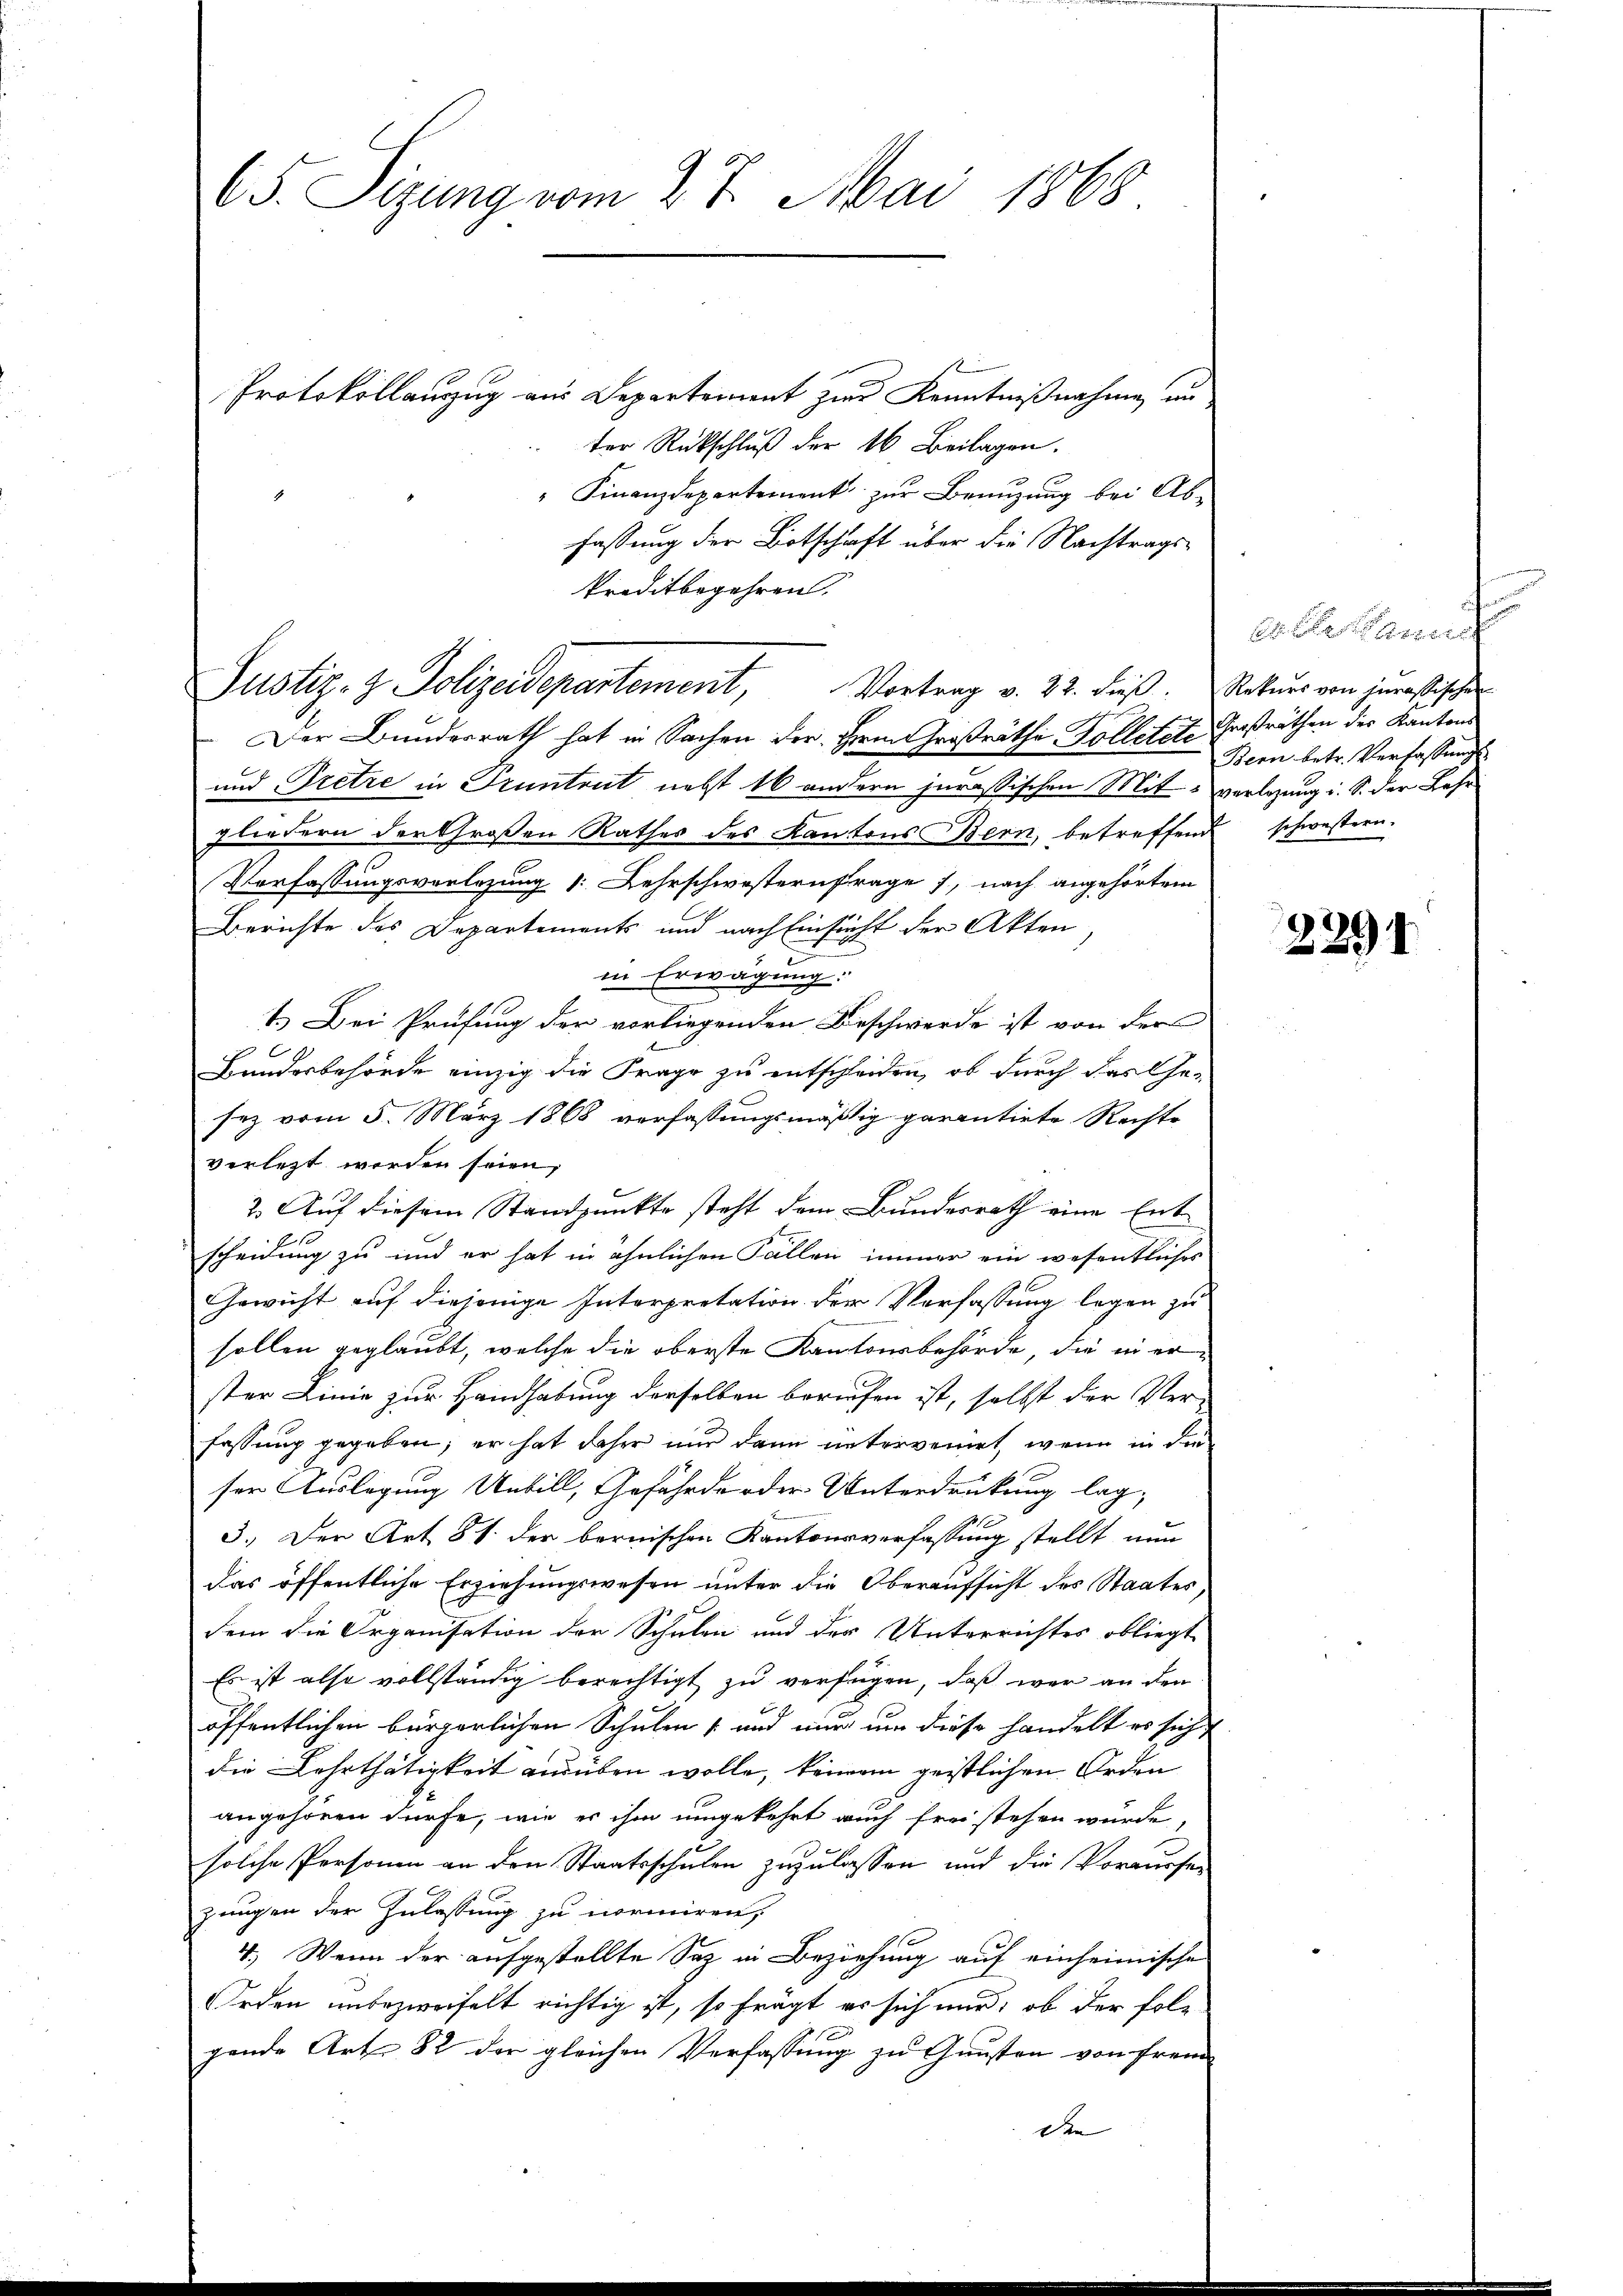
65. Sizung vom 27. Mai 1868

Protokollauzug aus Departement zur Kenntnißnahme, un
ter Rückschluß der 16 Beilagen.
" Finanzdepartement zŭr Benuzung bei Ab-
fassung der Botschaft über die Nachtrags¬
Preditbegehren.

Justiz- & Polizeidepartement, Vortrag v. 22. Fuß. Rekurs von jurastischen

Der Bundesrath hat in Sachen der Herrn Großräthe Tolletete Großräthen des Kantons
und Tretze in Pruntrut nebst 16 andern jurassischen Mitverlegung i. S. der Lehr
gliedern der Großen Rathes des Kantons Bern, betreffend schwestern.
Verfassungsvorlegung : Lehrschwesternfrages, nach angehörtem
Berichte des Departements und nach Einsicht der Akten,
in Erwägung:
1.) Bei Prüfung der vorliegenden Beschwerde ist von der
2
Bundesbehörde einzig die Frage zu entscheiden, ob durch das Ge-
sez vom 5. März 1868 verfassungsmäßig garantirte Rechte
verletzt werden seien,
2. Auf diesem Standpunkte steht dem Bundesrath eine Entscheidung zu und er hat in ähnlichen Fallen immer ein wesentliches
Gewicht auf diejenige Interpretation der Verfassung legen zu
sollen geglaubt, welche die oberste Kantonsbehörde, die in erster Linie zur Handhabung derselben bereifen ist, selbst der Ver-
fassung gegeben; er hat daher nur dann untervenirt, wenn in den
ser Auslegung Unbill, Gefährde der Unterdrückung lag-
3.) Der Art. 81. der bernischen Kantonsverfassung stellt nun
das öffentliche Erziehungswesen unter die Oberaufsicht des Staates,
dem die Organisation der Schulen und der Unterrichtes obliegt
Es ist also vollständig berechtigt zu verfügen, daß war an den
öffentlichen bürgerlichen Schulen – und nur um diese handelt es sich
die Lehrthätigkeit ausüben wolle, keinem geistlichen Orden
angehören dürfe, wie es ihm umgekehrt auch frei stehen wurde,
solche Personen an den Staatsschulen zuzulassen und die Voraussen
zungen der Zulassung zu normiren,
4. Wenn der aufgestellte Saz in Beziehung auf einheimische
Orden unbezweifelt richtig ist, so frägt es sich und, ob der folggende Art. 82 der gleichen Verfassung zu Gunsten von Frem
den |

Coleraus
Bern betr. Verfassungs

2291